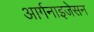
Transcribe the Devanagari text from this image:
आर्गनाइजेसन